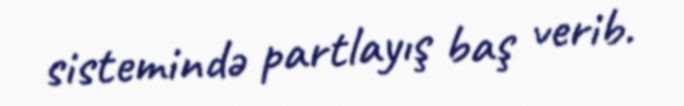
sistemində partlayış baş verib.